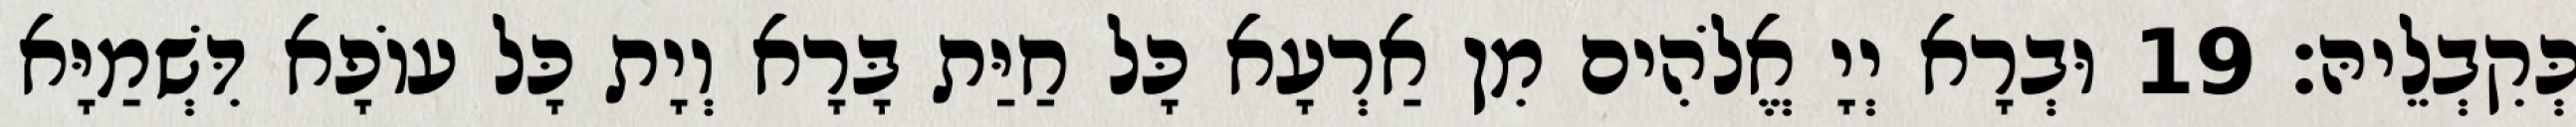
כְּקִבְלֵיהּ׃ 19 וּבְרָא יְיָ אֱלֹהִים מִן אַרְעָא כָּל חַיַּת בָּרָא וְיָת כָּל עוֹפָא דִּשְׁמַיָּא